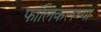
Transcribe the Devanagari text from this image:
फॉलिकलच्या